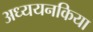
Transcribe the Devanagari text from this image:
अध्ययनकिया